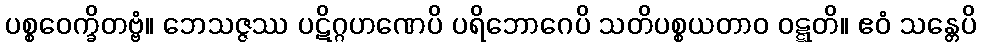
ပစ္စဝေက္ခိတဗ္ဗံ။ ဘေသဇ္ဇဿ ပဋိဂ္ဂဟဏေပိ ပရိဘောဂေပိ သတိပစ္စယတာဝ ဝဋ္ဋတိ။ ဧဝံ သန္တေပိ